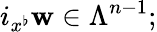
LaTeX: i_{x^{\flat}}\mathbf{w}\in\Lambda^{n-1};